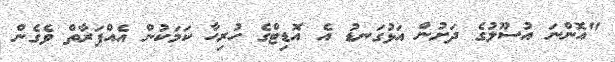
"އޮންނަ އުސޫލުގެ ދަށުން އަޅުގަނޑު އެ އޮޑިޓްގެ ހުރިހާ ކަމަކުން އެއްފަރާތް ވެގެން